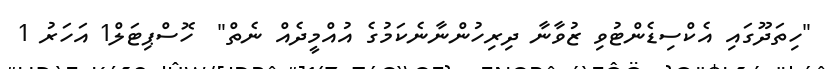
"ހިތަދޫގައި އެކްސިޑެންޓުވި ޒުވާނާ ދިރިހުންނާނެކަމުގެ އުއްމީދެއް ނެތް"  ހޮސްޕިޓަލް1 އަހަރު 1